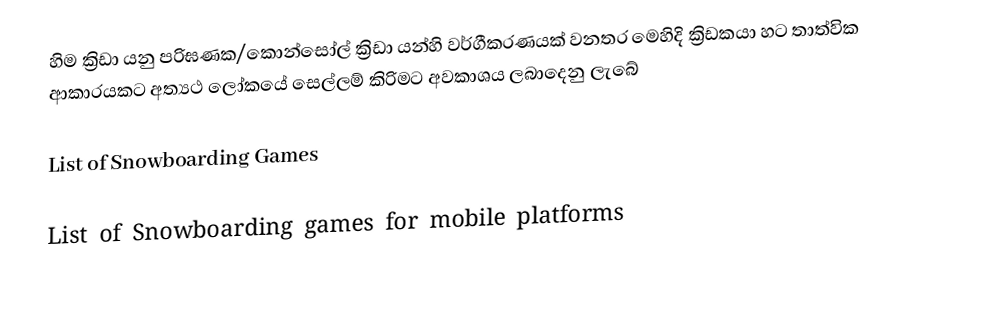
හිම ක්‍රිඩා යනු පරිඝණක/කොන්සෝල් ක්‍රිඩා යන්හි වර්ගීකරණයක් වනතර මෙහිදි ක්‍රිඩකයා හට තාත්වික ආකාරයකට අත්‍යථ ලෝකයේ සෙල්ලම් කිරිමට අවකාශය ලබාදෙනු ලැබේ

List of Snowboarding Games

List of Snowboarding games for mobile platforms